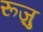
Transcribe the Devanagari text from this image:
रूज़ु